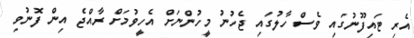
އެރި ޓައިފޫނުގައި ވެސް ހާލުގައި ޖެހުނު މީހުންނަށް އެހީވުމަށް ރާއްޖެ އިން ފޮނުވި